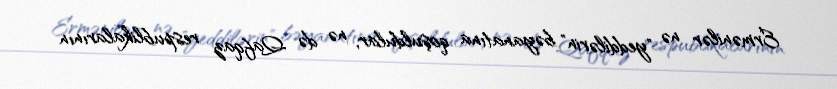
Ermənilər nə "yeddilərin" bəyanatına qoşuldular, nə də Qafqaz respublikalarının